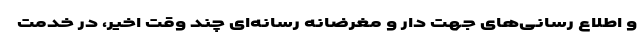
و اطلاع رسانی‌های جهت دار و مغرضانه رسانه‌ای چند وقت اخیر، در خدمت